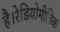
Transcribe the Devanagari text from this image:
है।रेडियोमीत्रिक